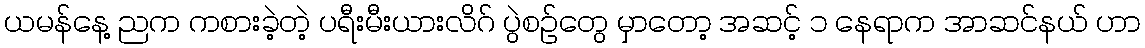
ယမန်နေ့ ညက ကစားခဲ့တဲ့ ပရီးမီးယားလိဂ် ပွဲစဉ်တွေ မှာတော့ အဆင့် ၁ နေရာက အာဆင်နယ် ဟာ